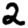
Digit: 2